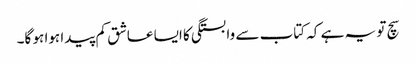
سچ تو یہ ہے کہ کتاب سے وابستگی کا ایسا عاشق کم پیدا ہوا ہو گا۔